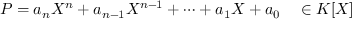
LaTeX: P = a _ { n } X ^ { n } + a _ { n - 1 } X ^ { n - 1 } + \dots + a _ { 1 } X + a _ { 0 } \quad \in K [ X ]